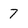
Character: 7